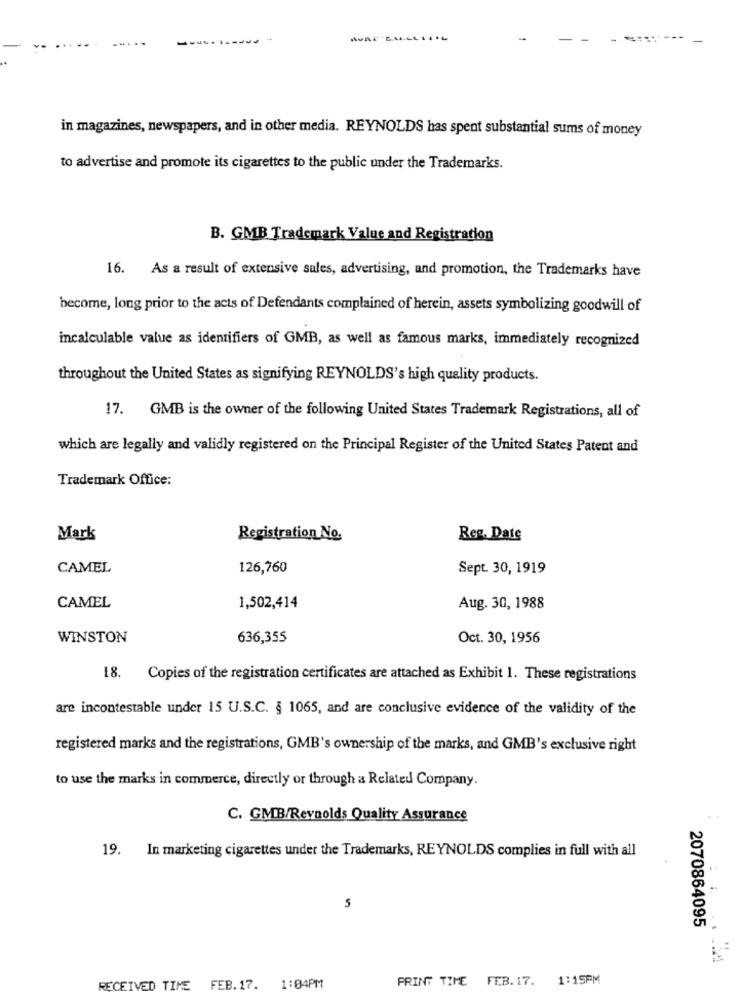
in magazines, newspapers, and in other media. REYNOLDS has spent substantial sums of money
to advertise and promote its cigarettes to the public under the Trademarks.
B. GMB Trademark Value and Registration
16. As a result of extensive sales, advertising, and promotion, the Trademarks have
become, long prior to the acts of Defendants complained of herein, assets symbolizing goodwill of
incalculable value as identifiers of GMB, as well as famous marks, immediately recognized
throughout the United States as signifying REYNOLDS's high quality products.
17. GMB is the owner of the following United States Trademark Registrations, all of
which are legally and validly registered on the Principal Register of the United States Patent and
Trademark Office:
Mark
Registration No.
Reg. Date
CAMEL
126,760
Sept. 30, 1919
CAMEL
1,502,414
Aug. 30, 1988
WINSTON
636,355
Oct. 30, 1956
18. Copies of the registration certificates are attached as Exhibit 1. These registrations
are incontestable under 15 U.S.C. § 1065, and are conclusive evidence of the validity of the
registered marks and the registrations, GMB's ownership of the marks, and GMB's exclusive right
to use the marks in commerce, directly or through a Related Company.
C. GMB/Reynolds Quality Assurance
19. In marketing cigarettes under the Trademarks, REYNOLDS complies in full with all
5
2070864095
PRINT TIME FEB. 17.
1:15PM
RECEIVED TIME FEB.17. 1:04PM